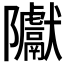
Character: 𮥲